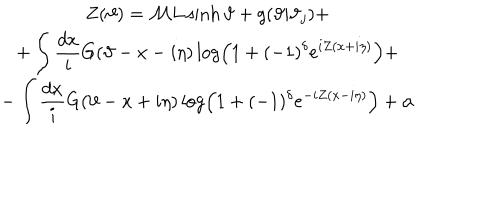
\begin{array} { c } { { \displaystyle Z ( \vartheta ) = { \cal M } L \sinh \vartheta + g ( \vartheta | \vartheta _ { j } ) + } } \\ { { + \displaystyle \int \displaystyle \frac { d x } { i } G ( \vartheta - x - i \eta ) \log \left( 1 + ( - 1 ) ^ { \delta } e ^ { i Z ( x + i \eta ) } \right) + } } \\ { { - \displaystyle \int \displaystyle \frac { d x } { i } G ( \vartheta - x + i \eta ) \log \left( 1 + ( - 1 ) ^ { \delta } e ^ { - i Z ( x - i \eta ) } \right) + \alpha } } \\ \end{array}